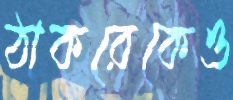
ঠাকরেকেও